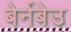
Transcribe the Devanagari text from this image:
बेर्नबेउ